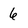
Character: 6